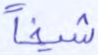
شيخا